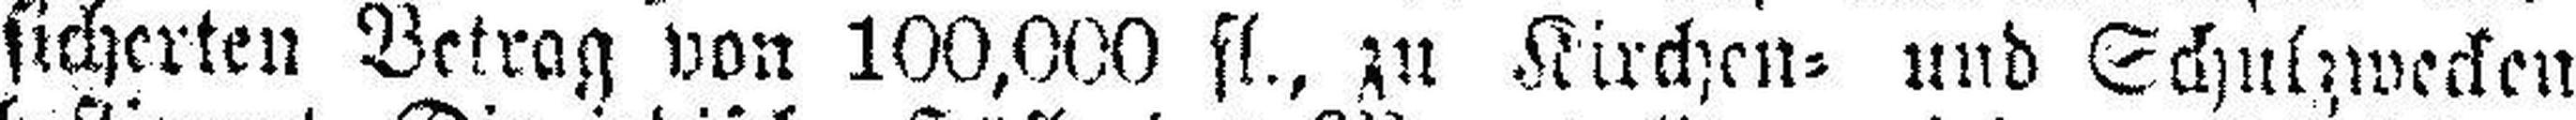
sicherten Betrag von 100,000 fl., zu Kirchen= und Schulzwecken